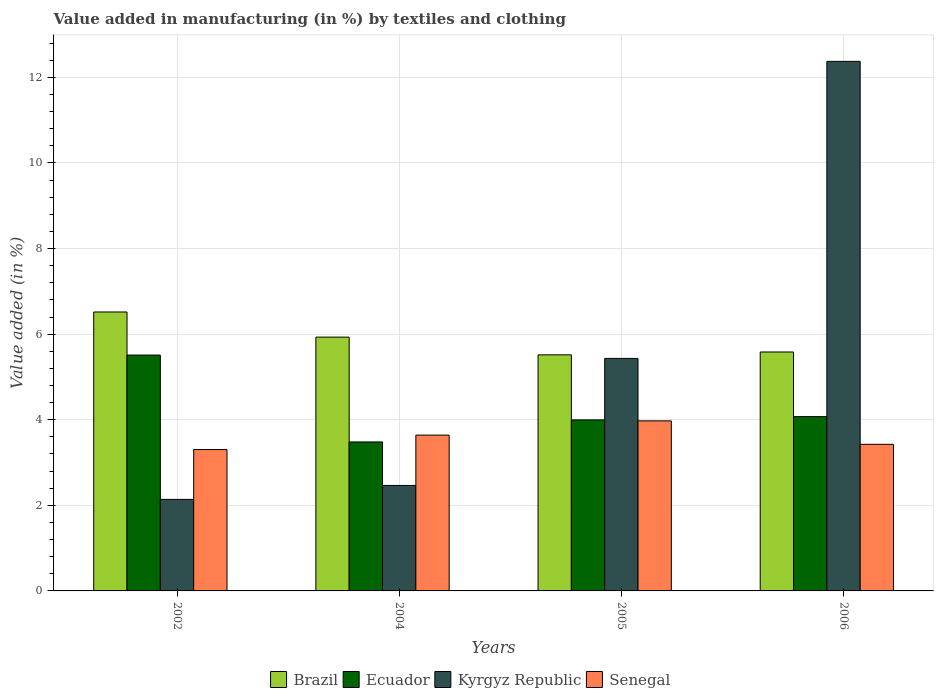
| Years | Brazil | Ecuador | Kyrgyz Republic | Senegal |
 | --- | --- | --- | --- | --- |
 | 2002 | 6.52 | 5.51 | 2.14 | 3.3 |
 | 2004 | 5.93 | 3.48 | 2.46 | 3.64 |
 | 2005 | 5.52 | 4 | 5.43 | 3.97 |
 | 2006 | 5.58 | 4.07 | 12.4 | 3.43 |